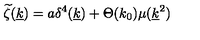
\widetilde \zeta ( \underline { k } ) = a \delta ^ { 4 } ( \underline { k } ) + \Theta ( k _ { 0 } ) \mu ( \underline { k } ^ { 2 } )